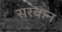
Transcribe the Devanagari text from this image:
सरबान